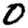
Digit: 0